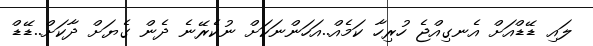
ލައި ޑޭޑްއަށް އެނގިއްޖެ ހުރިހާ ކަމެއް..އަހަންނަކަށް ނުކެރޭނެ ދެން ގެޔަށް ދާކަށް..ޑޭޑް